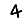
Digit: 4